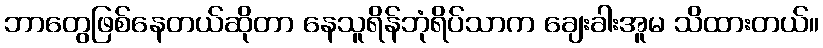
ဘာတွေဖြစ်နေတယ်ဆိုတာ နေသူရိန်ဘုံရိပ်သာက ချေးခါးအူမ သိထားတယ်။